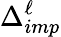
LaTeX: \Delta_{imp}^{\ell}